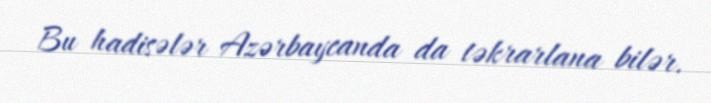
Bu hadisələr Azərbaycanda da təkrarlana bilər.